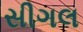
સીગલ